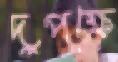
দুপক্ষে